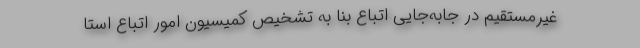
غیرمستقیم در جابه‌جایی اتباع بنا به تشخیص کمیسیون امور اتباع استا